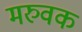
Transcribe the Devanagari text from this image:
मरुवक